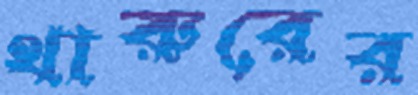
থারুরের